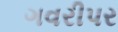
ગવરીપર